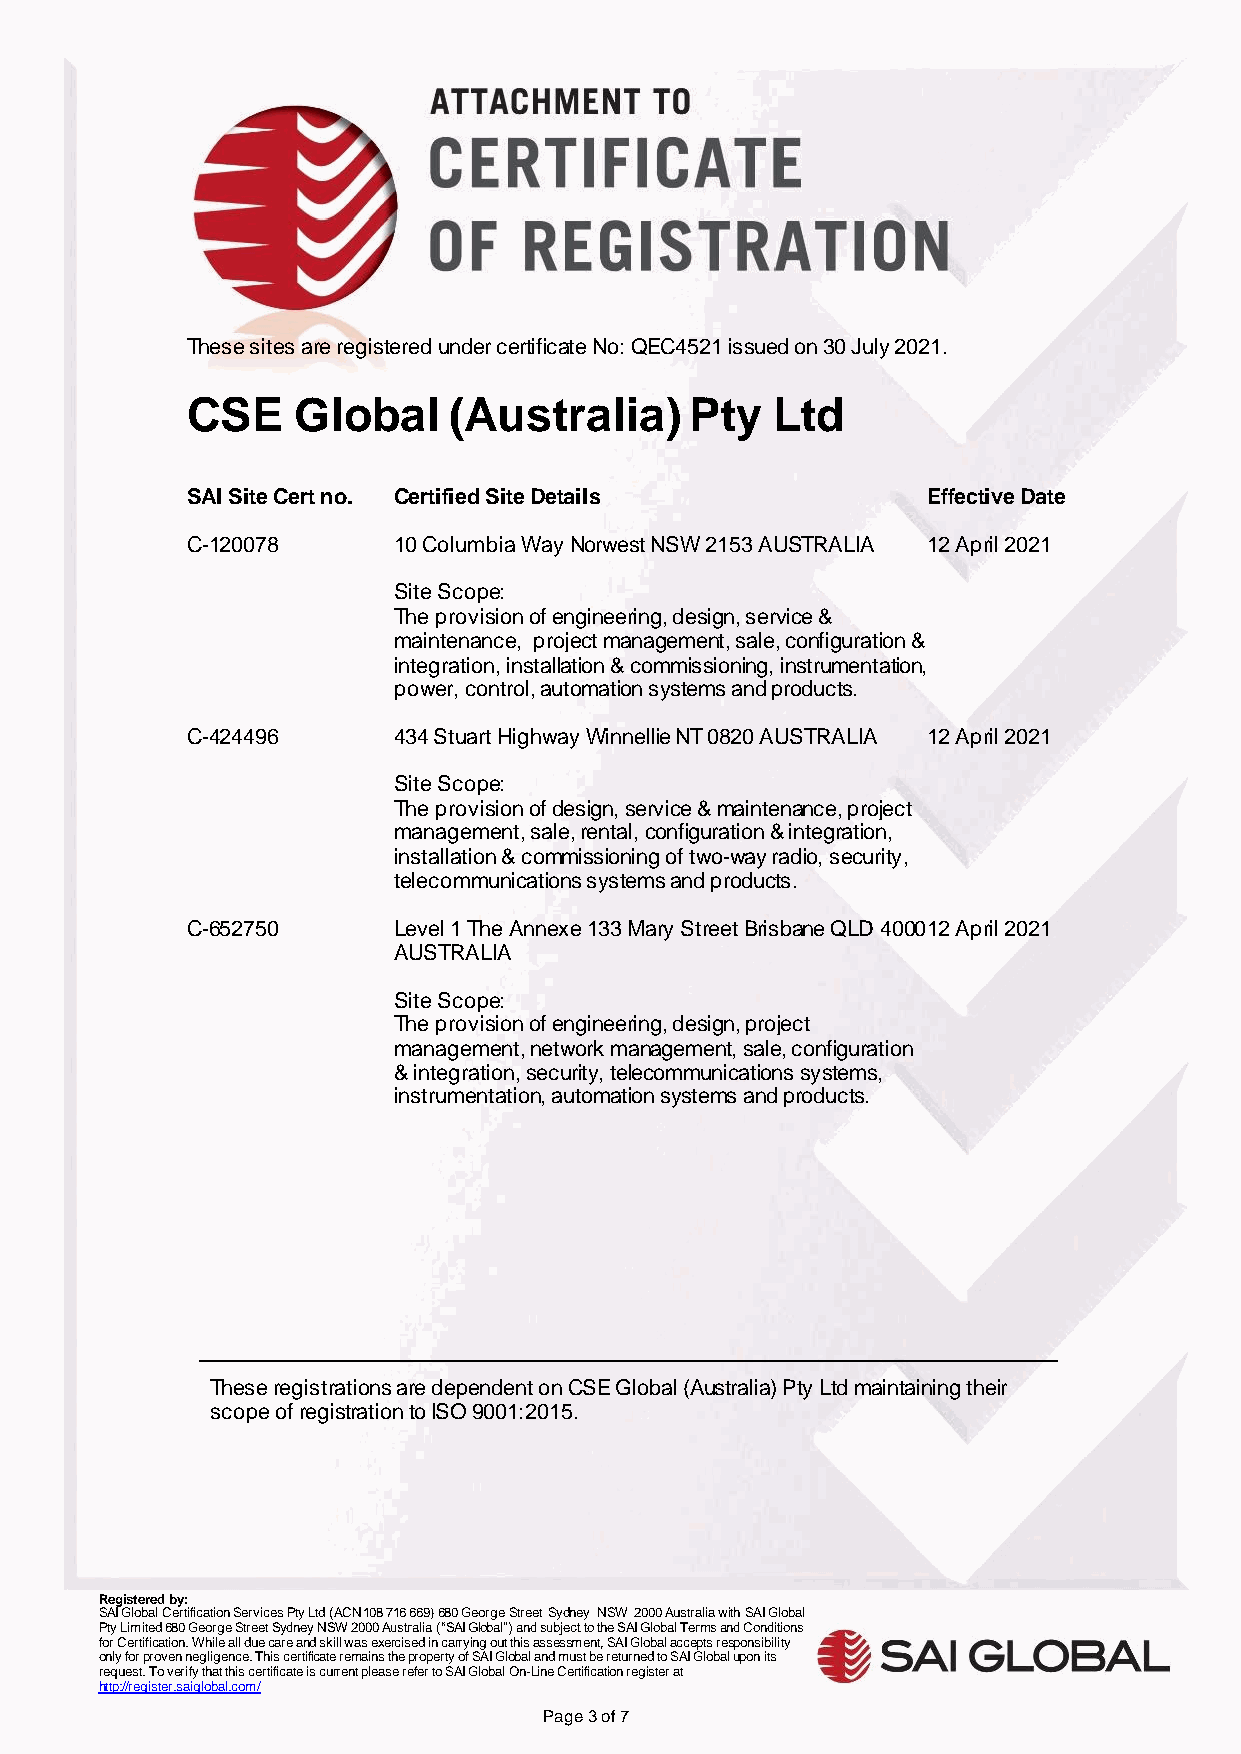
These sites are registered under certificate No: QEC4521 issued on 30 July 2021.
 CSE    Global     (Australia)     Pty  Ltd
 SAI Site Cert no. Certified Site Details         Effective Date
 C-120078      10 Columbia Way Norwest NSW 2153 AUSTRALIA 12 April 2021
 Site Scope:
 The provision of engineering, design, service &
 maintenance, project management, sale, configuration &
 integration, installation & commissioning, instrumentation,
 power, control, automation systems and products.
 C-424496      434 Stuart Highway Winnellie NT 0820 AUSTRALIA 12 April 2021
 Site Scope:
 The provision of design, service & maintenance, project
 management, sale, rental, configuration & integration,
 installation & commissioning of two-way radio, security,
 telecommunications systems and products.
 C-652750      Level 1 The Annexe 133 Mary Street Brisbane QLD 4000 12 April 2021
 AUSTRALIA
 Site Scope:
 The provision of engineering, design, project
 management, network management, sale, configuration
 & integration, security, telecommunications systems,
 instrumentation, automation systems and products.
 These registrations are dependent on CSE Global (Australia) Pty Ltd maintaining their
 scope of registration to ISO 9001:2015.
 Registered by:
 SAI Global Certification Services Pty Ltd (ACN 108 716 669) 680 George Street Sydney NSW 2000 Australia with SAI Global
 Pty Limited 680 George Street Sydney NSW 2000 Australia (“SAI Global”) and subject to the SAI Global Terms and Conditions
 for Certification. While all due care and skill was exercised in carrying out this assessment, SAI Global accepts responsibility
 only for proven negligence. This certificate remains the property of SAI Global and must be returned to SAI Global upon its
 request. To verify that this certificate is current please refer to SAI Global On-Line Certification register at
 http://register.saiglobal.com/
 Page 3 of 7